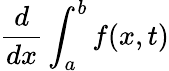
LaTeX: {\frac{d}{dx}}\int_{a}^{b}f(x,t)